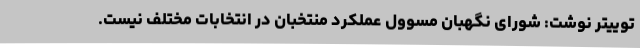
توییتر نوشت: شورای نگهبان مسوول عملکرد منتخبان در انتخابات مختلف نیست.